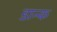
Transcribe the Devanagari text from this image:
डान्क